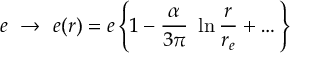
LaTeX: e ~ \to ~ e ( r ) = e \left\{ 1 - { \frac { \alpha } { 3 \pi } } ~ \ln { \frac { r } { r _ { e } } } + \dots \right\}